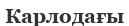
Карлодағы